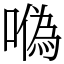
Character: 𠼮